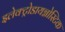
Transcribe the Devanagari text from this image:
इलेक्ट्रोडायग्नोस्टिक